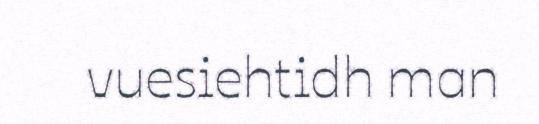
vuesiehtidh man